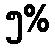
၅%